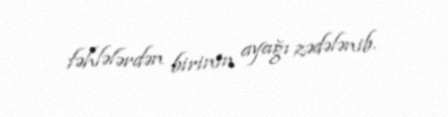
fəhlələrdən birinin ayağı zədələnib.